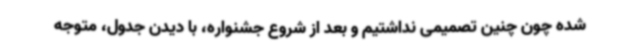
شده چون چنین تصمیمی نداشتیم و بعد از شروع جشنواره، با دیدن جدول، متوجه